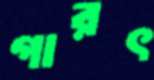
গারৎ